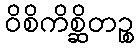
ဝိစိကိစ္ဆိတဉ္စ